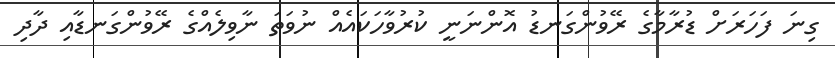
ގިނަ ފަހަރަށް ޑުރާމާގެ ރޭވުންގަނޑު އޮންނަނީ ކުރުވާހަކައެއް ނުވަތަ ނާވިލެއްގެ ރޭވުންގަނޑާއި ދާދި